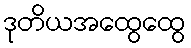
ဒုတိယအထွေထွေ